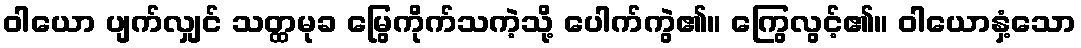
ဝါယော ပျက်လျှင် သတ္ထမုခ မြွေကိုက်သကဲ့သို့ ပေါက်ကွဲ၏။ ကြွေလွင့်၏။ ဝါယောနှံ့သော